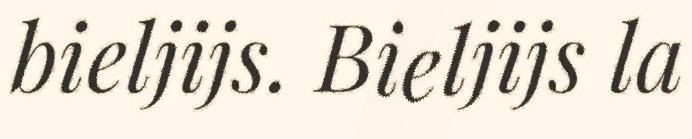
bieljijs. Bieljijs la